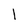
Character: 1